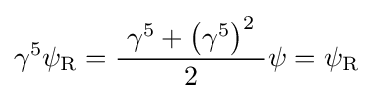
\gamma ^{5}\psi _{\mathrm {R} }={\frac {\ \gamma ^{5}+\left(\gamma ^{5}\right)^{2}\ }{2}}\psi =\psi _{\mathrm {R} }~